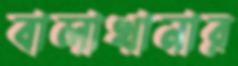
বালাখানার